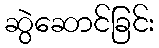
ဆွဲဆောင်ခြင်း